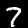
Label: 7